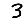
Digit: 3